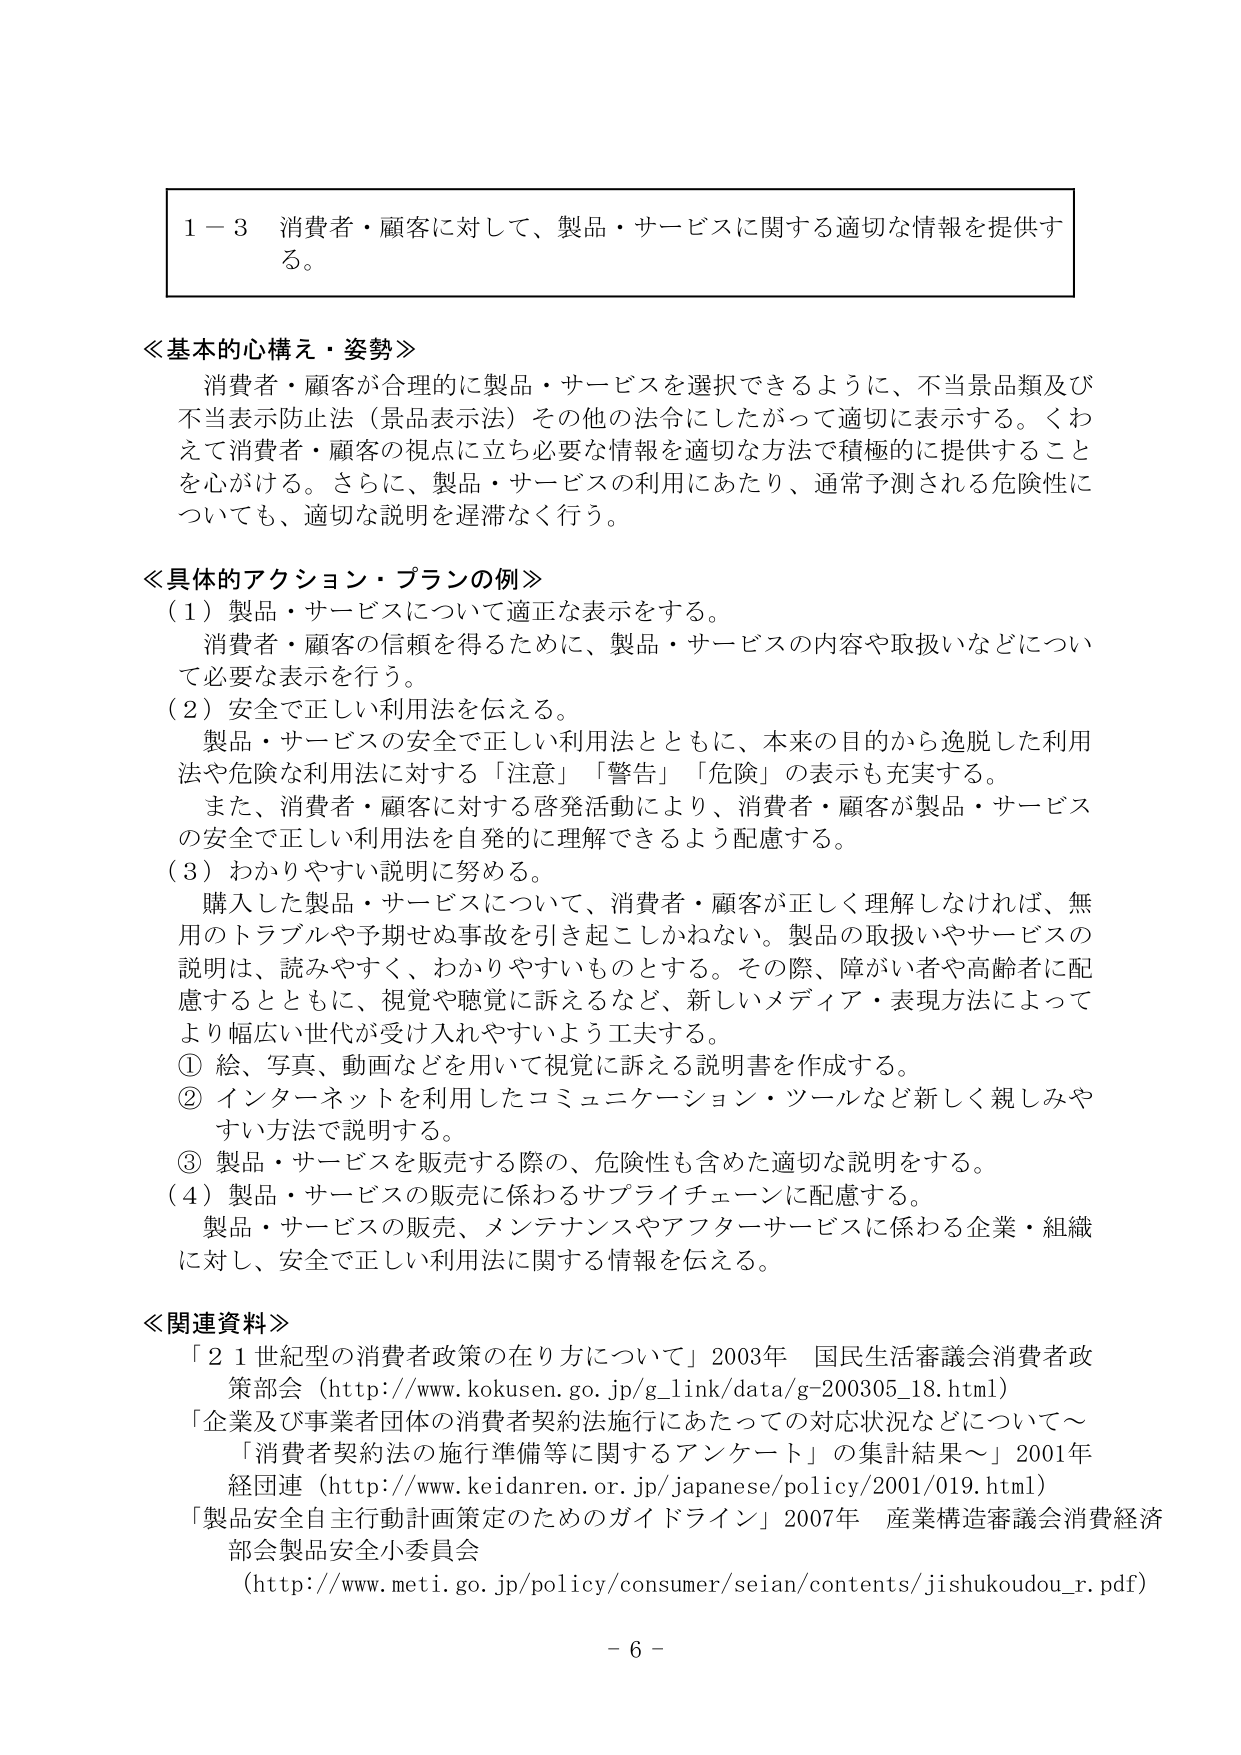
1－3 消費者・顧客に対して、製品・サービスに関する適切な情報を提供する。

≪基本的心構え・姿勢≫
消費者・顧客が合理的に製品・サービスを選択できるように、不当景品類及び不当表示防止法（景品表示法）その他の法令にしたがって適切に表示する。くわえて消費者・顧客の視点に立ち必要な情報を適切な方法で積極的に提供することを心がける。さらに、製品・サービスの利用にあたり、通常予測される危険性についても、適切な説明を遅滞なく行う。

≪具体的アクション・プランの例≫
（1）製品・サービスについて適正な表示をする。
消費者・顧客の信頼を得るために、製品・サービスの内容や取扱いなどについて必要な表示を行う。
（2）安全で正しい利用法を伝える。
製品・サービスの安全で正しい利用法とともに、本来の目的から逸脱した利用法や危険な利用法に対する「注意」「警告」「危険」の表示も充実する。
また、消費者・顧客に対する啓発活動により、消費者・顧客が製品・サービスの安全で正しい利用法を自発的に理解できるよう配慮する。
（3）わかりやすい説明に努める。
購入した製品・サービスについて、消費者・顧客が正しく理解しなければ、無用のトラブルや予期せぬ事故を引き起こしかねない。製品の取扱いやサービスの説明は、読みやすく、わかりやすいものとする。その際、障がい者や高齢者に配慮するとともに、視覚や聴覚に訴えるなど、新しいメディア・表現方法によってより幅広い世代が受け入れやすいよう工夫する。
① 絵、写真、動画などを用いて視覚に訴える説明書を作成する。
② インターネットを利用したコミュニケーション・ツールなど新しく親しみやすい方法で説明する。
③ 製品・サービスを販売する際の、危険性も含めた適切な説明をする。
（4）製品・サービスの販売に係わるサプライチェーンに配慮する。
製品・サービスの販売、メンテナンスやアフターサービスに係わる企業・組織に対し、安全で正しい利用法に関する情報を伝える。

≪関連資料≫
「21世紀型の消費者政策の在り方について」2003年 国民生活審議会消費者政策部会（http://www.kokusen.go.jp/g_link/data/g-200305_18.html）
「企業及び事業者団体の消費者契約法施行にあたっての対応状況などについて～「消費者契約法の施行準備等に関するアンケート」の集計結果～」2001年 経団連（http://www.keidanren.or.jp/japanese/policy/2001/019.html）
「製品安全自主行動計画策定のためのガイドライン」2007年 産業構造審議会消費経済部会製品安全小委員会（http://www.meti.go.jp/policy/consumer/seian/contents/jishukoudou_r.pdf）

－ 6 －